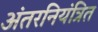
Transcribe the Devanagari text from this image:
अंतरनियंत्रित